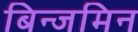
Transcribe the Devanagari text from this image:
बिन्जमिन